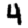
Digit: 4